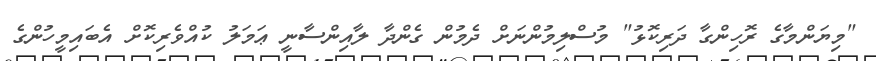
"މިޔަންމާގެ ރޮހިންގާ ދަރިކޮޅު" މުސްލިމުންނަށް ދެމުން ގެންދާ ލާއިންސާނީ ޢަމަލު ކުއްވެރިކޮށް އެބައިމީހުންގެ